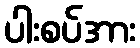
ပါးစပ်အား